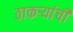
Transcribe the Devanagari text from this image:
ठाकऱ्यांची